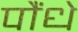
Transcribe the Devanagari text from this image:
पौंधे